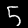
Label: 5